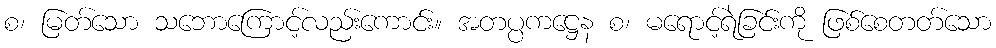
စ၊ မြတ်သော သဘောကြောင့်လည်းကောင်း။ အတပ္ပကဋ္ဌေန စ၊ မရောင့်ရဲခြင်းကို ဖြစ်စေတတ်သော